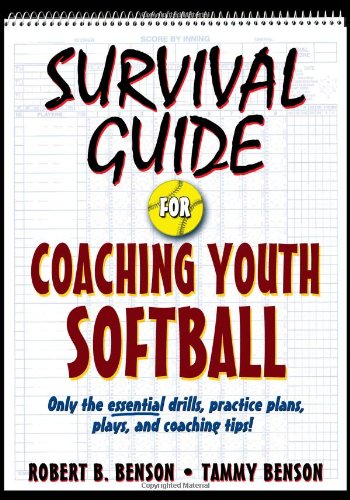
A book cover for Survival Guide for Coaching Youth Softball (Survival Guide for Coaching Youth Sports); Robert Benson; Sports & Outdoors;